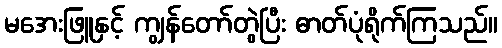
မအေးဖြူနှင့် ကျွန်တော်တွဲပြီး ဓာတ်ပုံရိုက်ကြသည်။